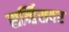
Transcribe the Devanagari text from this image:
सर्व्हिसवर